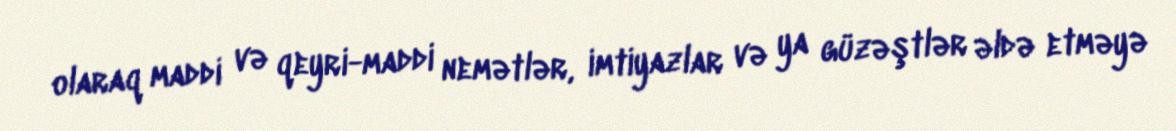
olaraq maddi və qeyri-maddi nemətlər, imtiyazlar və ya güzəştlər əldə etməyə